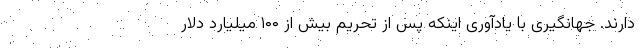
دارند. جهانگیری با یادآوری اینکه پس از تحریم بیش از ۱۰۰ میلیارد دلار